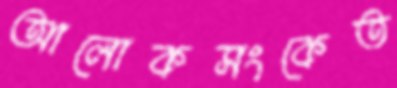
আলোকসংকেত